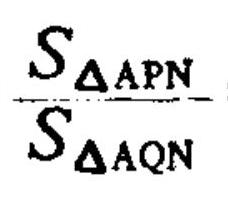
\(\frac{S_{\triangle APN}}{S_{\triangle AQN}}\)